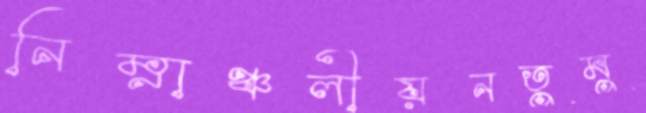
নিম্নাঞ্চলীয়নতুমু